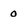
Character: 0